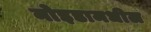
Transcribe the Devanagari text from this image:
नोइडामधील